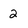
Character: 2